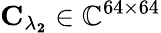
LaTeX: \mathbf{C_{\lambda_{2}}}\in\mathbb{C}^{64\times 64}